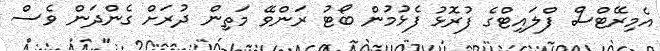
އެމިރޭޓްސް ފްލައިޓްގެ ފުރޮޅު ފެޅުމުން ބޯޓު ރަންވޭ މަތިން ދުރަށް ގެންދަން ވެސް